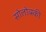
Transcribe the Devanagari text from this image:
सोलोव्स्की